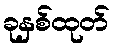
ခုနှစ်ထုတ်